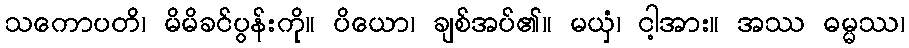
သကောပတိ၊ မိမိခင်ပွန်းကို။ ပိယော၊ ချစ်အပ်၏။ မယှံ၊ ငါ့အား။ အဿ ဓမ္မဿ၊